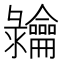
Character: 𬺠